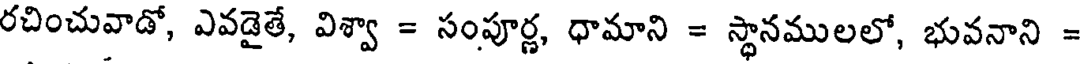
రచించువాడో, ఎవడైతే, విశ్వా = సంపూర్ణ, ధామాని = స్థానములలో, భువనాని =